Lunatic asylums Madras 1877-1891 - 1877-1891
Year: 1877
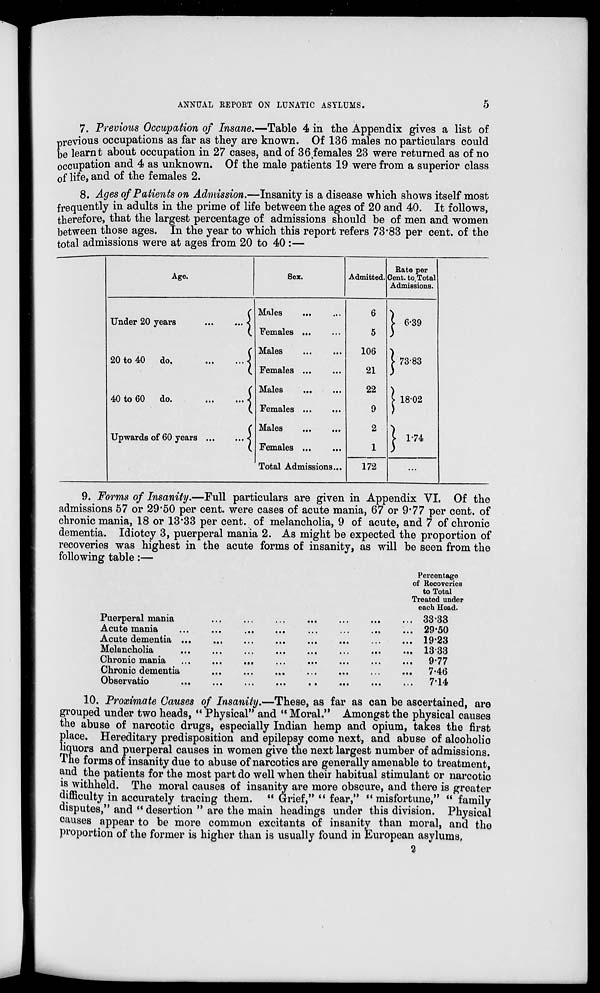
ANNUAL REPORT ON LUNATIC ASYLUMS.
5
7. Previous Occupation of Insane.—Table 4 in the Appendix gives a list of
previous occupations as far as they are known. Of 136 males no particulars could
be learnt about occupation in 27 cases, and of 36 females 23 were returned as of no
occupation and 4 as unknown. Of the male patients 19 were from a superior class
of life, and of the females 2.
8. Ages of Patients on Admission.—Insanity is a disease which shows itself most
frequently in adults in the prime of life between the ages of 20 and 40. It follows,
therefore, that the largest percentage of admissions should be of men and women
between those ages. In the year to which this report refers 73.83 per cent. of the
total admissions were at ages from 20 to 40 :—
Age.
Under 20 years
...
...
20 to 40
do. ... ...
40 to 60 do.
...
...
Upwards of 60 years
...
...
Sex.
Males ... ...
Females ... ...
Males ... ...
Females ... ...
Males ... ...
Females ... ...
Males
...
...
Females
...
...
Total Admissions...
Admitted.
6
5
106
21
22
9
2
1
172
Rate per
Cent. to Total
Admissions.
6.39
73.83
18.02
1.74
...
9. Forms of Insanity.—Full particulars are given in Appendix VI. Of the
admissions 57 or 29.50 per cent. were cases of acute mania, 67 or 9.77 per cent. of
chronic mania, 18 or 13.33 per cent. of melancholia, 9 of acute, and 7 of chronic
dementia. Idiotcy 3, puerperal mania 2. As might be expected the proportion of
recoveries was highest in the acute forms of insanity, as will be seen from the
following table:—
Puerperal mania
...
...
...
...
...
...
...
...
Acute mania
...
...
...
...
...
...
...
...
Acute dementia
...
...
...
...
...
...
...
...
...
Melancholia
...
...
...
...
...
...
...
...
...
Chronic mania
...
...
...
...
...
...
...
...
Chronic dementia
...
...
...
...
...
...
...
...
Observatio ... ... ... ... ... ... ... ... ...
Percentage
of Recoveries
to Total
Treated under
each Head.
33.33
29.50
19.23
13.33
9.77
7.46
7.14
10. Proximate Causes of Insanity.—These, as far as can be ascertained, are
grouped under two heads, " Physical" and " Moral." Amongst the physical causes
the abuse of narcotic drugs, especially Indian hemp and opium, takes the first
place. Hereditary predisposition and epilepsy come next, and abuse of alcoholic
liquors and puerperal causes in women give the next largest number of admissions.
The forms of insanity due to abuse of narcotics are generally amenable to treatment,
and the patients for the most part do well when their habitual stimulant or narcotic
is withheld. The moral causes of insanity are more obscure, and there is greater
difficulty in accurately tracing them. " Grief," " fear," "misfortune," " family
disputes," and " desertion " are the main headings under this division. Physical
causes appear to be more common excitants of insanity than moral, and the
proportion of the former is higher than is usually found in European asylums,
2